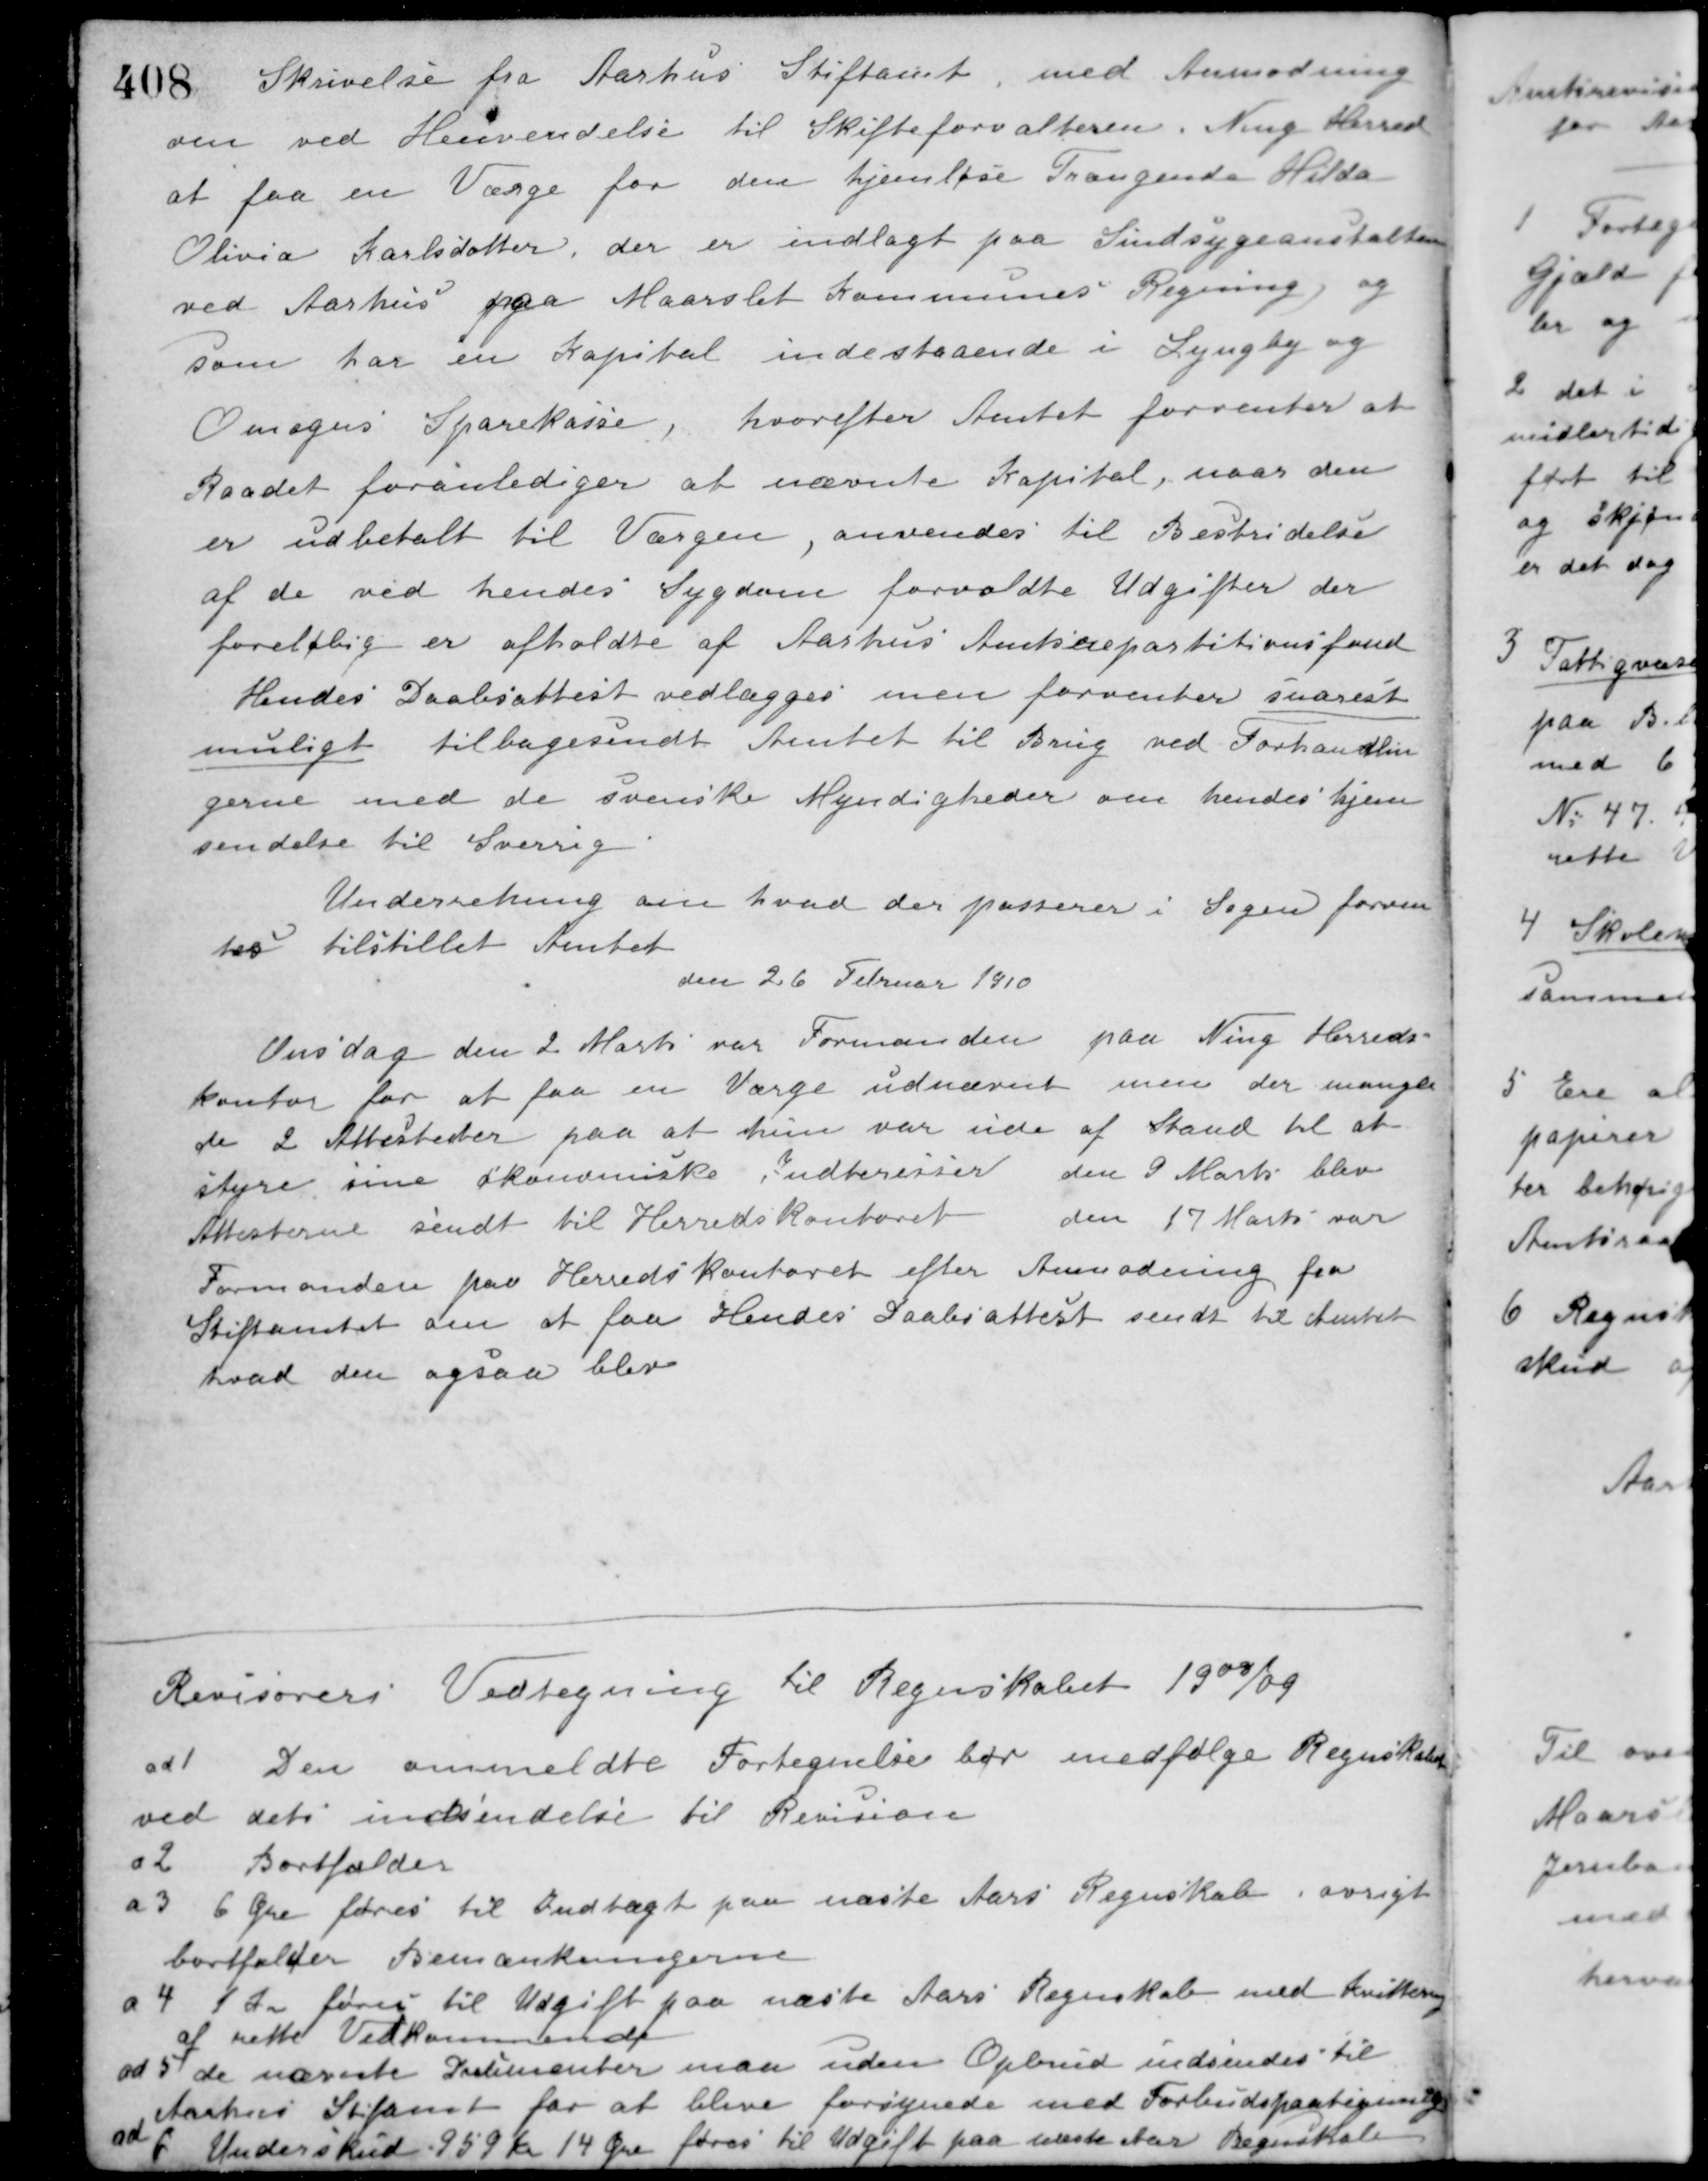
Transskription:
Skrivelse fra Aarhus Stiftamt, med Anmodning
om ved Henvendelse til Skifteforvalteren i Ning Herred
at faa en Værge for den hjemløse Trængende Hilda
Olivia Karlsdatter, der er indlagt paa Sindsygeanstalten
ved Aarhus paa Maarslet Kommunes Regning og
som har en Kapital indestaaende i Lyngby og
Omegns Sparekasse, hvorefter Amtet forventer at
Raadet foranlediger at nævnte Kapital, naar den
er udbetalt til Værgen, anvendes til Bestridelse
af de ved hendes Sygdom forvoldte Udgifter der
foreløbig er afholdte af Aarhus Amtsrepartitionsfond
Hendes Daabsattest vedlægges men forventes snarest
muligt tilbagesendt Amtet til Brug ved Forhandlin-
gerne med de svenske Myndigheder om hendes hjem-
sendelse til Sverrig
Underretning om hvad der passerer i Sagen forven-
tes tilstillet Amtet
den 26 Februar 1910
Onsdag den 2 Marts var Formanden paa Ning Herreds-
kontor for at faa en Værge udnævnt men der mangle-
de 2 Attesteder paa at hun var ude af Stand til at
styre sine økonomiske Interesser
den 9 Marts blev
Attesterne sendt til Herredskontoret
den 17 Marts var
Formanden paa Herredskontoret efter Anmodning fra
Stiftamtet om at faa Hendes Daabsattest sendt til Amtet
hvad den ogsaa blev

Revisorers Vedtegning til Regnskabet 1908/09
ad 1 Den ommeldte Fortegnelse bør medfølge Regnskabet
ved dets indsendelse til Revision
a 2 Bortfalder
a 3 6 Øre føres til Indtægt paa næste Aars Regnskab i øvrigt
bortfalder Bemærkningerne
a 4 1 Kr. føres til Udgift paa næste Aars Regnskab med Kvittering
af rette Vedkommende
ad 5 de nævnte Partementer maa uden Opbrud indsendes til
Aarhus Stiftamt for at blive forsynede med Forbudspaategninger
ad 6 Underskud 959 Kr. 14 Øre føres til Udgift paa næste Aars Regnskab